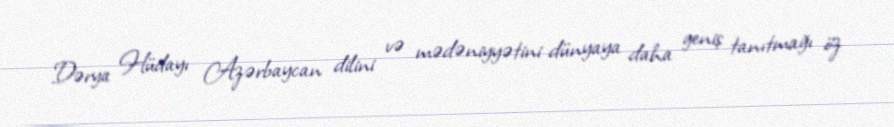
Dərya Hüdayı Azərbaycan dilini və mədəniyyətini dünyaya daha geniş tanıtmağı öz